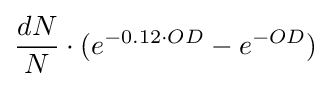
{\frac {dN}{N}}\cdot (e^{-0.12\cdot OD}-e^{-OD})